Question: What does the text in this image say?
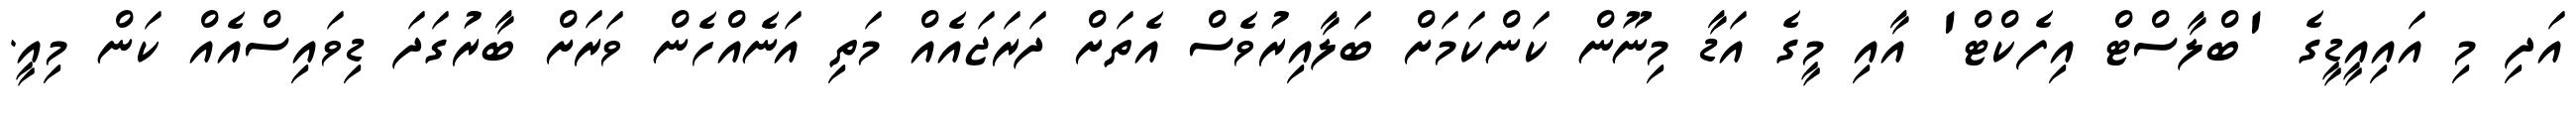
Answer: އަދި މި އައިއީޑީގެ 'ބްލާސްޓް އިފެކްޓް' އާއި މީގެ އަޑާ މިނޫން ކަންކަމަށް ބަލާއިރުވެސް އެތަށް ދަރަޖައެއް މަތި އަނެއްހެން ވަރަށް ބާރުގަދަ ޑިވައިސްއެއް ކަން މިއީ.